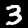
Label: 3